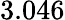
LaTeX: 3.046